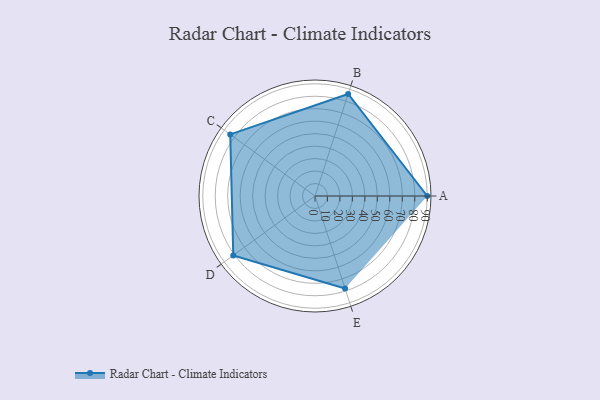
{"axis": {"x": "Skill", "y": "Score"}, "legend": ["Profile"], "data": [{"x": "A", "y": 90.0, "type": "Profile"}, {"x": "B", "y": 86.0, "type": "Profile"}, {"x": "C", "y": 84.0, "type": "Profile"}, {"x": "D", "y": 81.0, "type": "Profile"}, {"x": "E", "y": 78.0, "type": "Profile"}]}